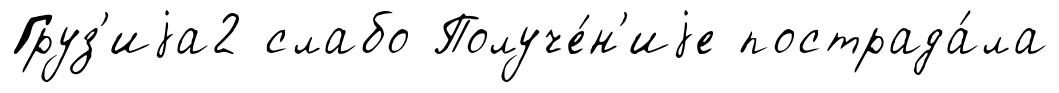
Груз'иjа2 слабо Получе́н'иjе пострада́ла